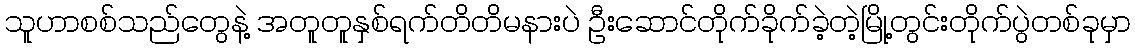
သူဟာစစ်သည်တွေနဲ့ အတူတူနှစ်ရက်တိတိမနားပဲ ဦးဆောင်တိုက်ခိုက်ခဲ့တဲ့မြို့တွင်းတိုက်ပွဲတစ်ခုမှာ